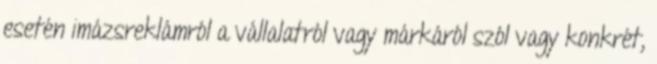
esetén imázsreklámról a vállalatról vagy márkáról szól vagy konkrét,